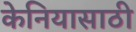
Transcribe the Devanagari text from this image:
केनियासाठी